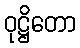
ဝုဋ္ဌိတော